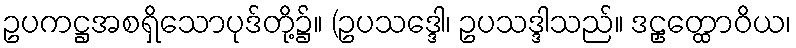
ဥပကဋ္ဌအစရှိသောပုဒ်တို့၌။ (ဥပသဒ္ဒေါ၊ ဥပသဒ္ဒါသည်။ ဒဠှတ္ထောဝိယ၊